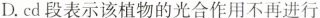
D. cd 段表示该植物的光合作用不再进行